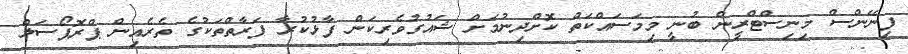
ފިނޭންސް މިނިސްޓްރީން ބުނީ މިމަސައްކަތް ކޮށްދިނުމަށް ޝައުގުވެރިކަން ފާޅުކުރާ ފަރާތްތަކުގެ ތެރެއިން ޕްރޮޕޯސަލް